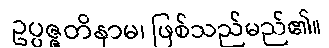
ဥပ္ပဇ္ဇတိနာမ၊ ဖြစ်သည်မည်၏။